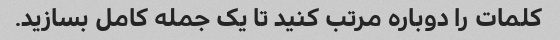
کلمات را دوباره مرتب کنید تا یک جمله کامل بسازید.